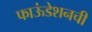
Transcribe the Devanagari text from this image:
फाऊंडेशनची